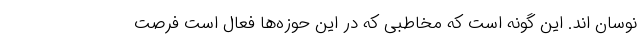
نوسان اند. این گونه است که مخاطبی که در این حوزه‌ها فعال است فرصت